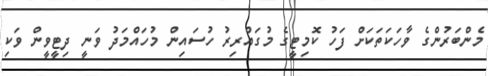
މެންބަރުންގެ ވާހަކަތަކަށް ފަހު ކޮމިޓީގެ މުގައްރިރު ހުސައިން މުހައްމަދު ވަނީ ދިޓީވީން ވަކި